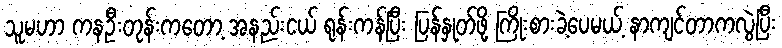
သူမဟာ ကနဦးတုန်းကတော့ အနည်းငယ် ရုန်းကန်ပြီး ပြန်နှုတ်ဖို့ ကြိုးစားခဲ့ပေမယ့် နာကျင်တာကလွဲပြီး